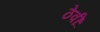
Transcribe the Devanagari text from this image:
ठेवीं